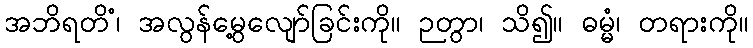
အဘိရတိံ၊ အလွန်မွေ့လျော်ခြင်းကို။ ဉတွာ၊ သိ၍။ ဓမ္မံ၊ တရားကို။